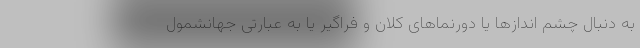
به دنبال چشم اندازها یا دورنماهای کلان و فراگیر یا به عبارتی جهانشمول